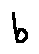
b